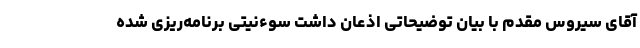
آقای سیروس مقدم با بیان توضیحاتی اذعان داشت سوءنیتی برنامه‌ریزی شده